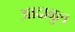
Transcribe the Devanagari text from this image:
आदाबुल